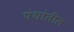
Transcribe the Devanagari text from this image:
पंथांतील